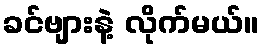
ခင်ဗျားနဲ့ လိုက်မယ်။